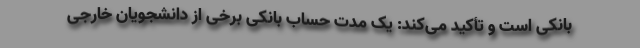
بانکی است و تأکید می‌کند: یک مدت حساب بانکی برخی از دانشجویان خارجی